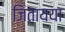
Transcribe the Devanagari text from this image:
जितायया